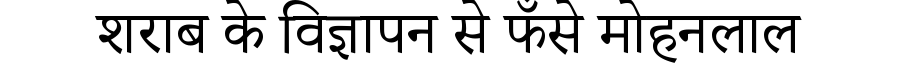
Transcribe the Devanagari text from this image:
शराब के विज्ञापन से फँसे मोहनलाल